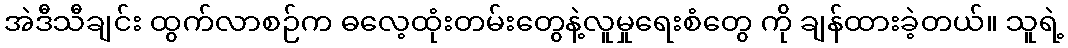
အဲဒီသီချင်း ထွက်လာစဉ်က ဓလေ့ထုံးတမ်းတွေနဲ့လူမှုရေးစံတွေ ကို ချန်ထားခဲ့တယ်။ သူရဲ့